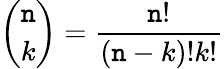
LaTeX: {\binom{\mathtt{n}}{k}}=\frac{{\mathtt{n}!}}{{(\mathtt{n}-k)!k!}}